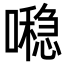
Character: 𪢖